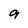
Character: 9